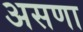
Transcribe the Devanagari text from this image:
असणा